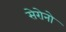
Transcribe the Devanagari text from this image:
सेरोनो